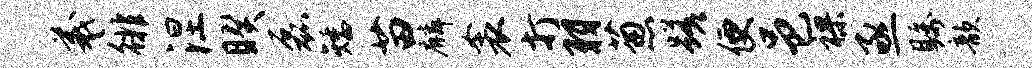
羲徘涅睽磊矮苗麟衾打羽葱蹉便邑裸亟瞩歆